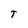
Character: T